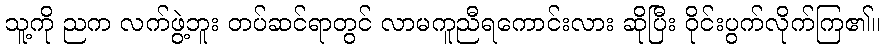
သူ့ကို ညက လက်ဖွဲ့ဘူး တပ်ဆင်ရာတွင် လာမကူညီရကောင်းလား ဆိုပြီး ဝိုင်းပွက်လိုက်ကြ၏။